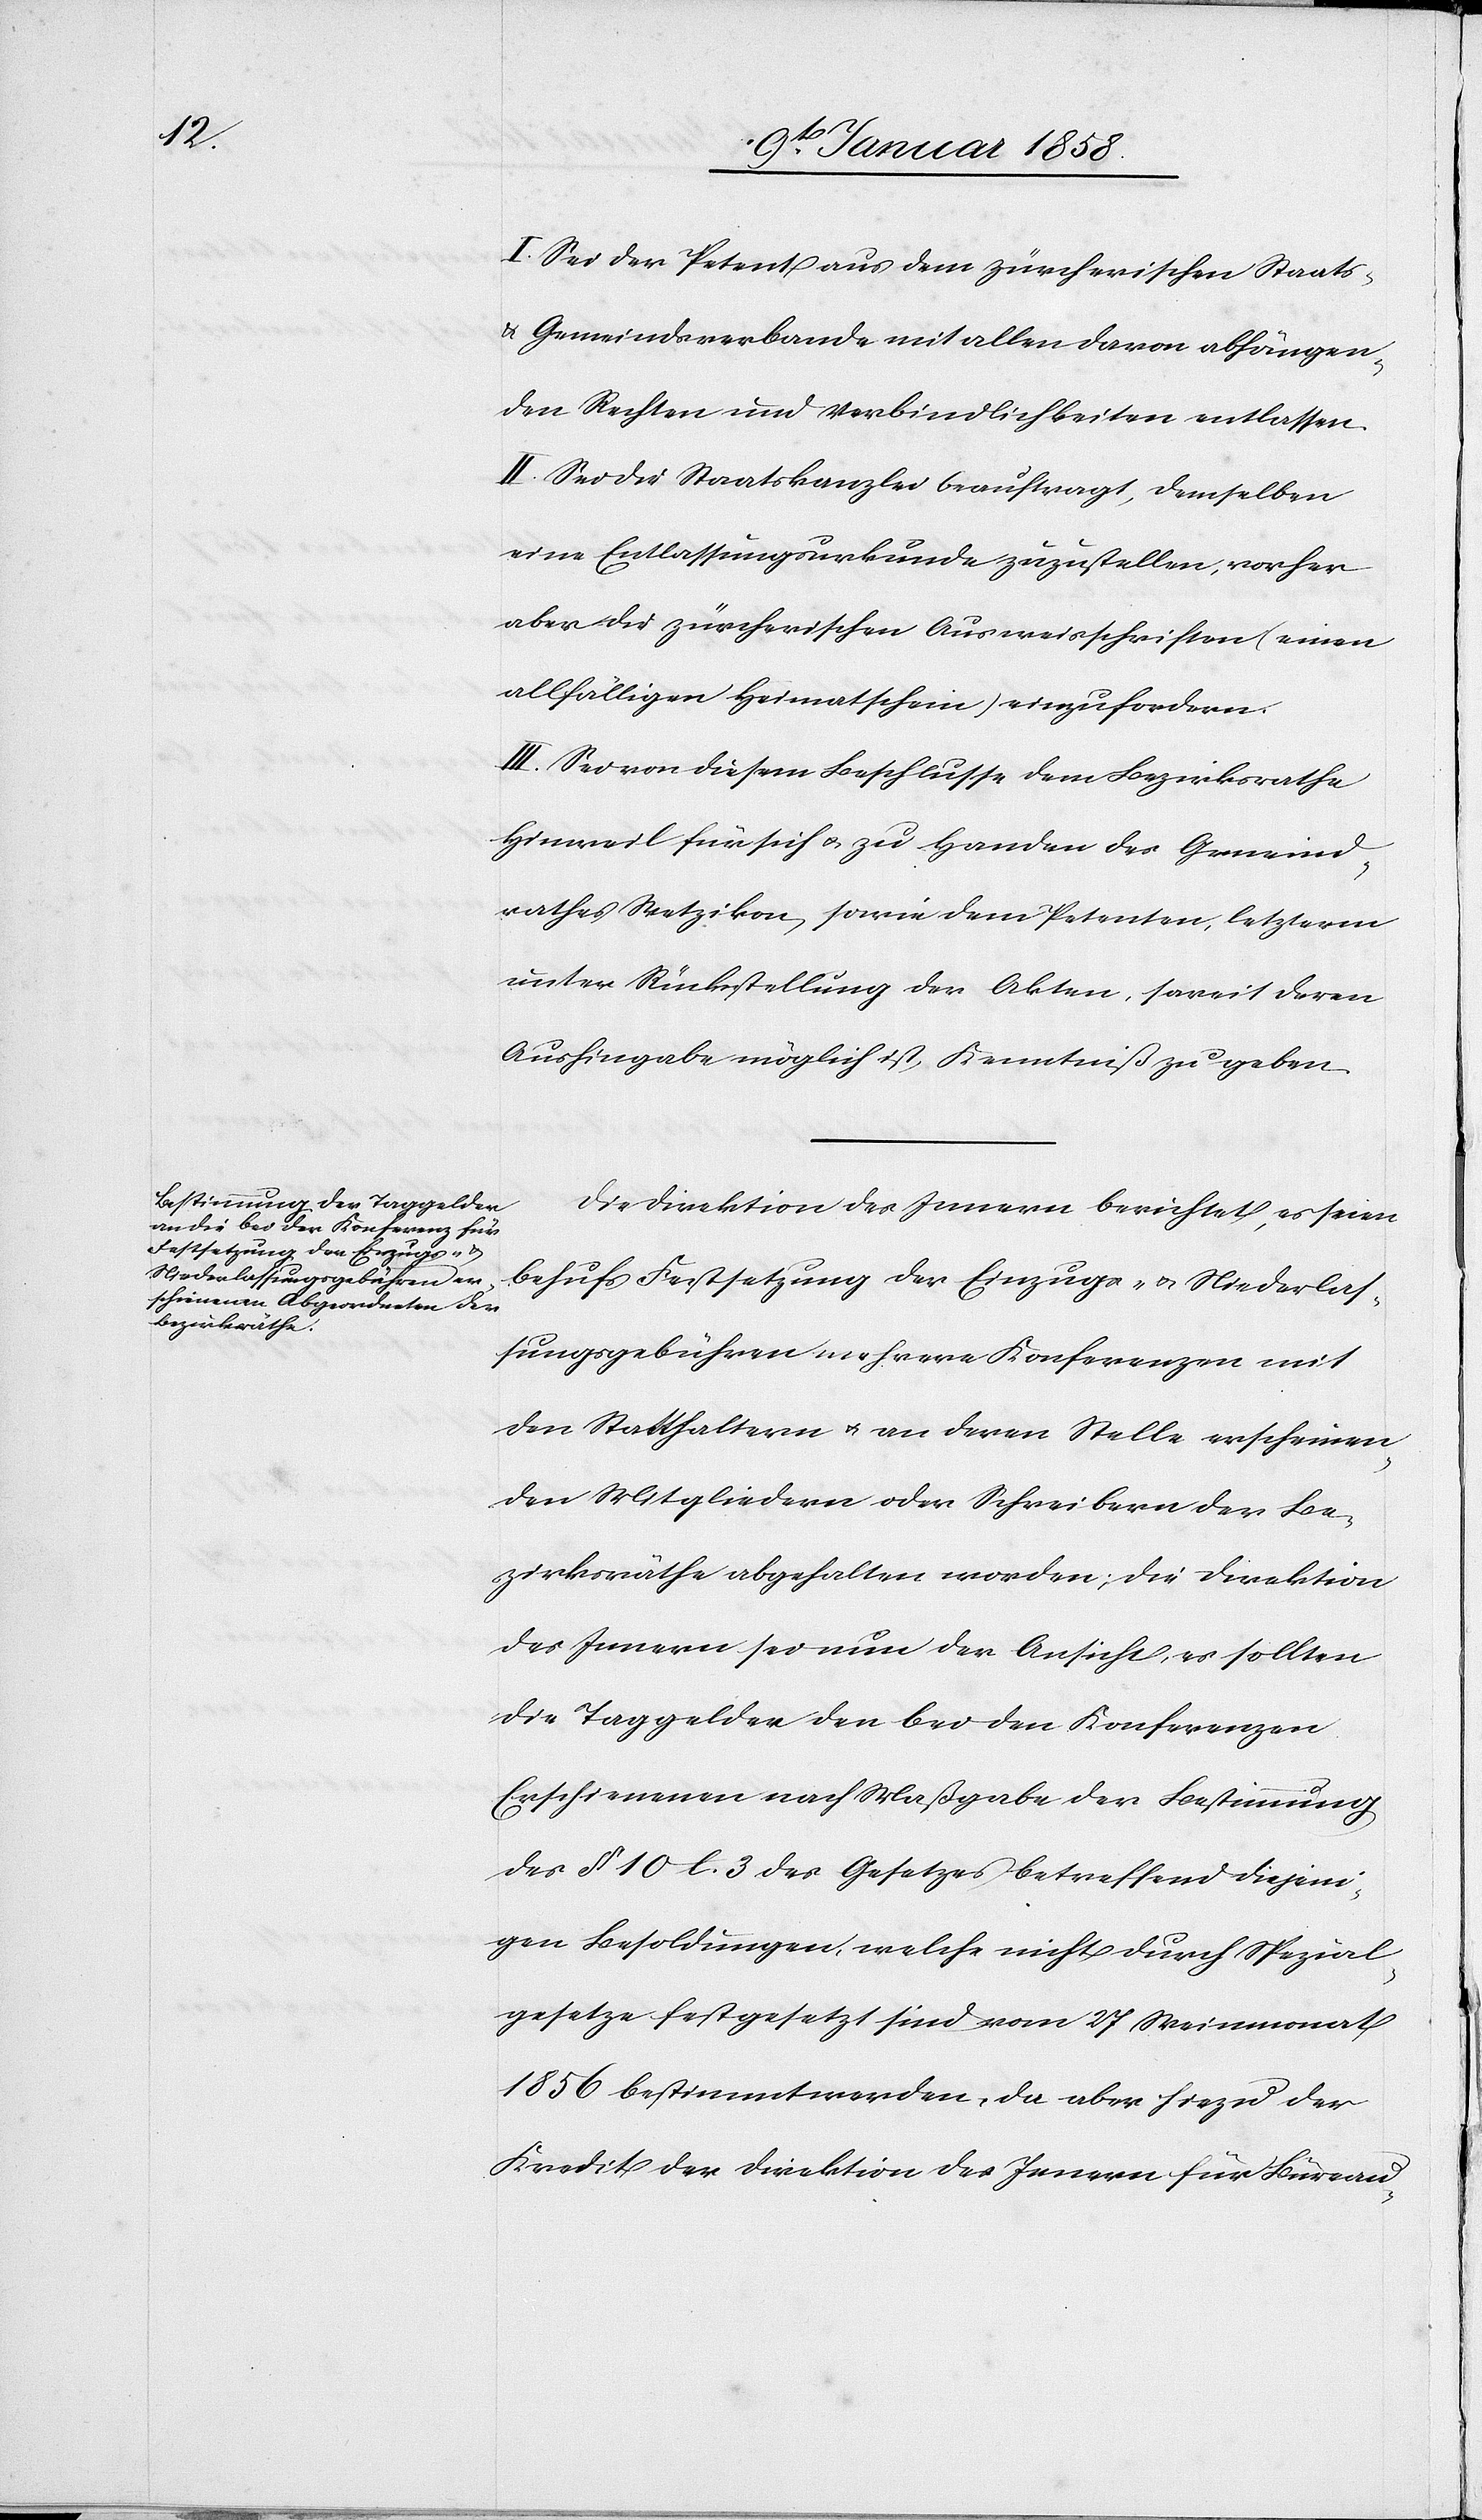
I. Sei der Petent aus dem zürcherischen Staats-
und Gemeindsverbande mit allen davon abhängen¬
den Rechten und Verbindlichkeiten entlassen.
II. Sei die Staatskanzlei beauftragt, demselben
eine Entlassungsurkunde zuzustellen, vorher
aber die zürcherischen Ausweisschriften (einen
allfälligen Heimatschein) einzufordern.
III. Sei von diesem Beschlusse dem Bezirksrathe
Hinweil für sich u. zu Handen des Gemeind¬
rathes Wetzikon. sowie dem Petenten, letzterm
unter Rückstellung der Akten, soweit deren
Aushingabe möglich ist, Kenntniß zu geben.
Die Direktion des Innern berichtet, es seien
behufs Festsetzung der Einzugs- u. Niederlas¬
sungsgebühren mehrere Konferenzen mit
den Statthaltern u. an deren Stelle erscheinen¬
den Mitgliedern oder Schreibern der Be¬
zirksräthe abgehalten worden; die Direktion
des Innern sei nun der Ansicht, es sollten
die Taggelder den bei den Konferenzen
Erschienenen nach Maßgabe der Bestimmung
des § 10 l. 3 des Gesetzes betreffend diejeni¬
gen Besoldungen, welche nicht durch Spezial¬
gesetze festgesetzt sind vom 27 Weinmonat
1856 bestimmt werden, da aber hiezu der
Kredit der Direktion des Innern für Büreau-